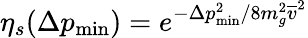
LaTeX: \eta_{s}(\Delta p_{\mathrm{min}})=e^{-\Delta p_{\mathrm{min}}^{2}/8m_{g}^{2}\overline{{v}}^{2}}